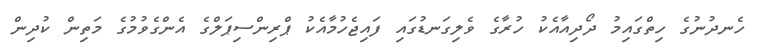
ހެނދުނުގެ ހިތްގައިމު ދޯދިއާއެކު ހުރާގެ ވެލިގަނޑުގައި ފައިޖެހުމާއެކު ޕްރިންސިޕަލްގެ އެންގެވުމުގެ މަތިން ކުދިން